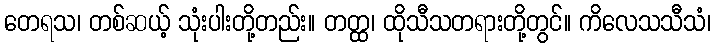
တေရသ၊ တစ်ဆယ့် သုံးပါးတို့တည်း။ တတ္ထ၊ ထိုသီသတရားတို့တွင်။ ကိလေသသီသံ၊